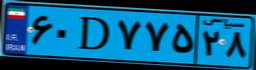
۴۴D۹۶۱۰۶